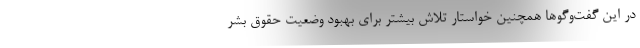
در این گفت‌وگوها همچنین خواستار تلاش بیشتر برای بهبود وضعیت حقوق بشر